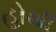
હોથી